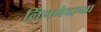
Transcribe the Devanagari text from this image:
लिंगभेदाच्या